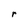
Character: r